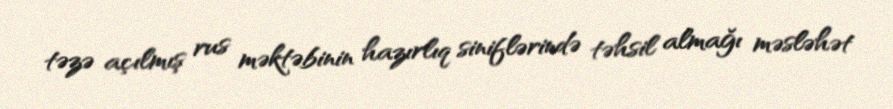
təzə açılmış rus məktəbinin hazırlıq siniflərində təhsil almağı məsləhət